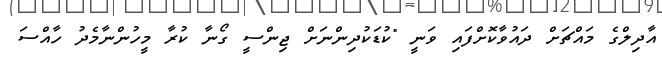
އާދިލްގެ މައްޗަށް ދައުވާކޮށްފައި ވަނީ "ކުޑަކުދިންނަށް ޖިންސީ ގޯނާ ކުރާ މީހުންނާމެދު ހާއްސަ